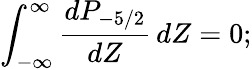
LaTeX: \int_{-\infty}^{\infty}\frac{dP_{-5/2}}{dZ}\, dZ=0;